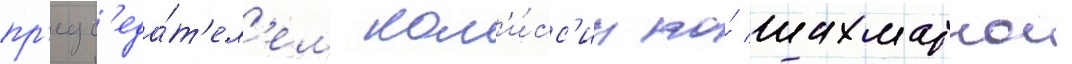
пр'едс'еда́т'ел'ем ком'и́сс'ии по́ шахматнои